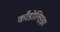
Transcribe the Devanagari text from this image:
काँडोलिझ्झा